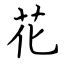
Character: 花